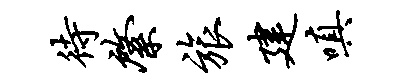
待綮旅建嗔